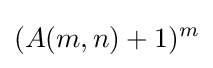
(A(m,n)+1)^{m}